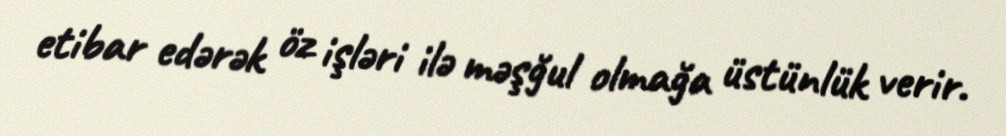
etibar edərək öz işləri ilə məşğul olmağa üstünlük verir.